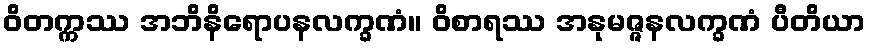
ဝိတက္ကဿ အဘိနိရောပနလက္ခဏံ။ ဝိစာရဿ အနုမဇ္ဇနလက္ခဏံ ပီတိယာ